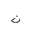
Letter: _non